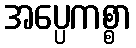
အပ္ပေကစ္စာ